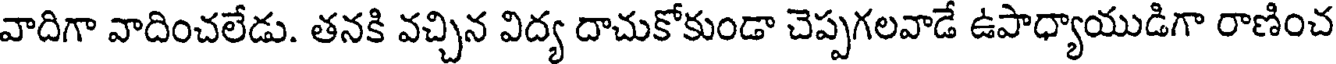
వాదిగా వాదించలేడు. తనకి వచ్చిన విద్య దాచుకోకుండా చెప్పగలవాడే ఉపాధ్యాయుడిగా రాణించ